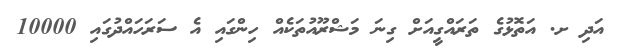
އަދި ށ. އަތޮޅުގެ ތަރައްގީއަށް ގިނަ މަޝްރޫއުތަކެއް ހިންގައި އެ ސަރަހައްދުގައި 10000